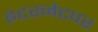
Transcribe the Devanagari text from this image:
इंटरनेटपर